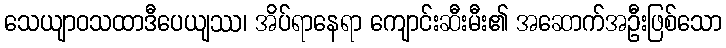
သေယျာဝသထာဒီပေယျဿ၊ အိပ်ရာနေရာ ကျောင်းဆီးမီး၏ အဆောက်အဦးဖြစ်သော